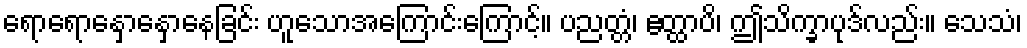
ရောရောနှောနှောနေခြင်း ဟူသောအကြောင်းကြောင့်။ ပညတ္တံ၊ ဧတ္ထာပိ၊ ဤသိက္ခာပုဒ်လည်း။ သေသံ၊